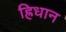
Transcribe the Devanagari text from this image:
ह्रिधान